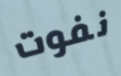
نفوت